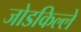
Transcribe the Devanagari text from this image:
जोडकिल्ले